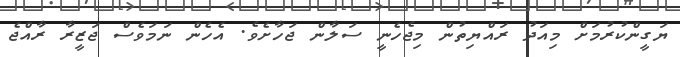
ޔަގީންކުރުމަށް މިއަދު ރައްޔިތުން މިޖެހެނީ ސަލާން ޖަހާށެވެ. އެހެން ނަމަވެސް ޖަޒީރާ ރާއްޖެ